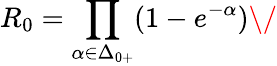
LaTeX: R_{0}=\prod_{\alpha\in\Delta_{0+}}(1-e^{-\alpha})\/